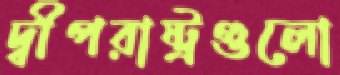
দ্বীপরাষ্ট্রগুলো